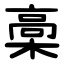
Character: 槀